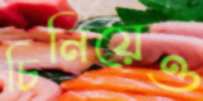
চিনিয়েও